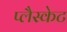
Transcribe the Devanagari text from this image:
प्लैस्केट